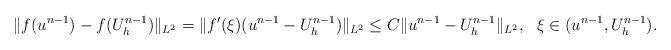
LaTeX: \begin{align*} \|f(u^{n-1})-f(U^{n-1}_h)\|_{L^2} = \|f'(\xi) ( u^{n-1}-U^{n-1}_h)\|_{L^2} \leq C\| u^{n-1}-U^{n-1}_h\|_{L^2},~~\xi \in (u^{n-1}, U_h^{n-1}).\end{align*}